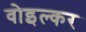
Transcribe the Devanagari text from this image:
वोइल्कर